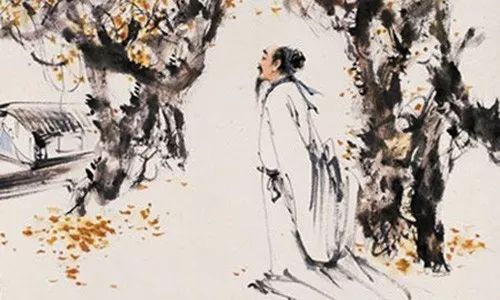
黄叶仍风雨，青楼自管弦。